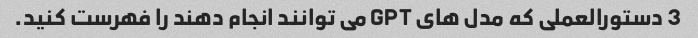
3 دستورالعملی که مدل های GPT می توانند انجام دهند را فهرست کنید.